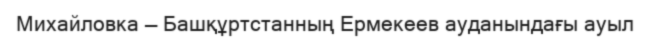
Михайловка — Башқұртстанның Ермекеев ауданындағы ауыл